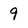
Character: 9